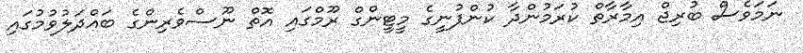
ނަމަވެސް ބުރިޖް އިމާރާތް ކުރަމުންދާ ކުންފުނީގެ މީޓީންގް ރޫމްގައި އޮތް ނޫސްވެރިންގެ ބައްދަލުވުމުގައި